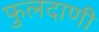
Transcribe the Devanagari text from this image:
फुलदाणी